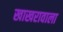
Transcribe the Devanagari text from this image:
खाखरावाला